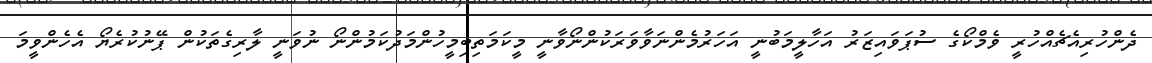
ދެންހުރިއެޗެއްހުރީ ވެމްކޯގެ ސުޕަވައިޒަރު އަހާލީމަބުނީ އަހަރުމެންނަވާވަރަކުންނޯވާނީ މީކަމަތިބިމީހުންމަދުކަމުންނޯ ނުވަނީ ލާރިގެތަކުން ޕޭނުކުރެޔޯ އެހެންވީމަ